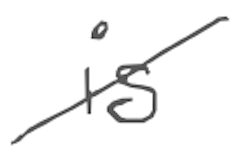
Text: is
Cross-out: diagonal
Writing tool: digital_gray